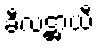
ခီလဋ္ဌာယီ